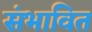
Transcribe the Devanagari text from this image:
संभावित